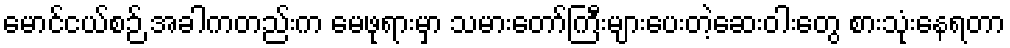
မောင်ငယ်စဉ် အခါကတည်းက မေဖုရားမှာ သမားတော်ကြီးများပေးတဲ့ဆေးဝါးတွေ စားသုံးနေရတာ